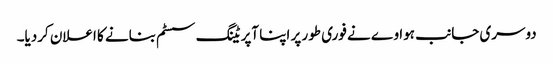
دوسری جانب ہواوے نے فوری طور پر اپنا آپریٹنگ سسٹم بنانے کا اعلان کردیا۔